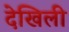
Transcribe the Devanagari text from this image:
देखिली